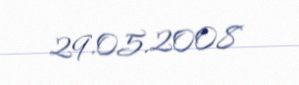
29.05.2008